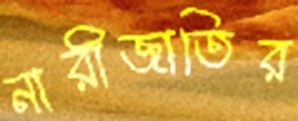
নারীজাতির